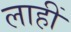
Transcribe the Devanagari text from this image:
लाहीं